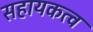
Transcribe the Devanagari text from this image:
सहायकत्व